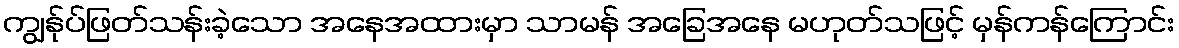
ကျွန်ုပ်ဖြတ်သန်းခဲ့သော အနေအထားမှာ သာမန် အခြေအနေ မဟုတ်သဖြင့် မှန်ကန်ကြောင်း